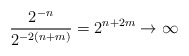
\begin{align*}\frac{2^{-n}}{2^{-2(n+m)}}=2^{n+2m}\to\infty\end{align*}